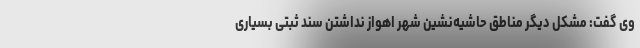
وی گفت: مشکل دیگر مناطق حاشیه‌نشین شهر اهواز نداشتن سند ثبتی بسیاری